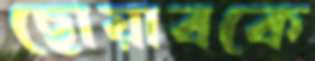
ছোয়াবকে